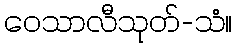
ဝေသာလီသုတ်-သံ။